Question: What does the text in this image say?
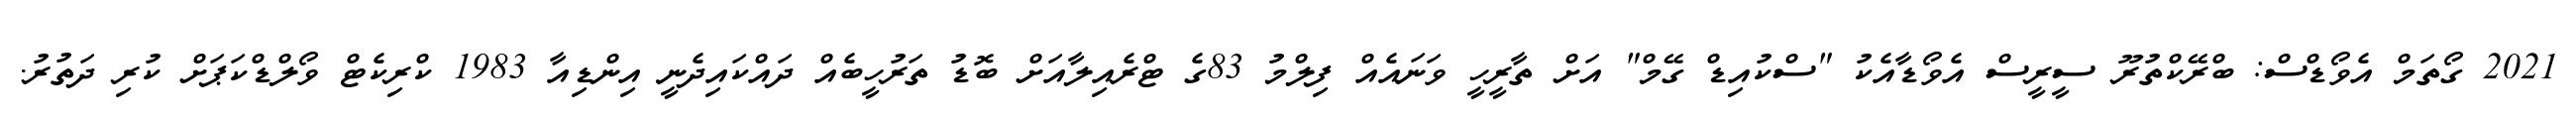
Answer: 2021 ގޯތަމް އެވޯޑްސް: ބްރޭކްތުރޫ ސީރީސް އެވޯޑާއެކު "ސްކުއިޑް ގޭމް" އަށް ތާރީހީ ވަނައެއް ފިލްމު 83ގެ ޓްރެއިލާއަށް ބޮޑު ތަރުހީބެއް ދައްކައިދެނީ އިންޑިއާ 1983 ކްރިކެޓް ވޯލްޑްކަޕަށް ކުރި ދަތުރު.